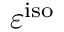
\varepsilon ^ { \mathrm { { i s o } } }